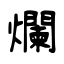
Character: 爛